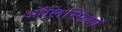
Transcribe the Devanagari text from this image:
ऑलिम्पिका